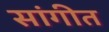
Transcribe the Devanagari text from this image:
सांगीत